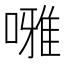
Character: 𠾒